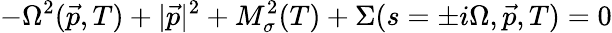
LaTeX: -\Omega^{2}(\vec{p},T)+|\vec{p}|^{2}+M_{\sigma}^{2}(T)+\Sigma(s=\pm i\Omega,\vec{p},T)=0